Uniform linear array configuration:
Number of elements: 16
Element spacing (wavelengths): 0.5
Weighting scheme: exponential
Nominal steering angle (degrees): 45
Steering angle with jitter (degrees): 45.327
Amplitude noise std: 0.05
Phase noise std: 0.05

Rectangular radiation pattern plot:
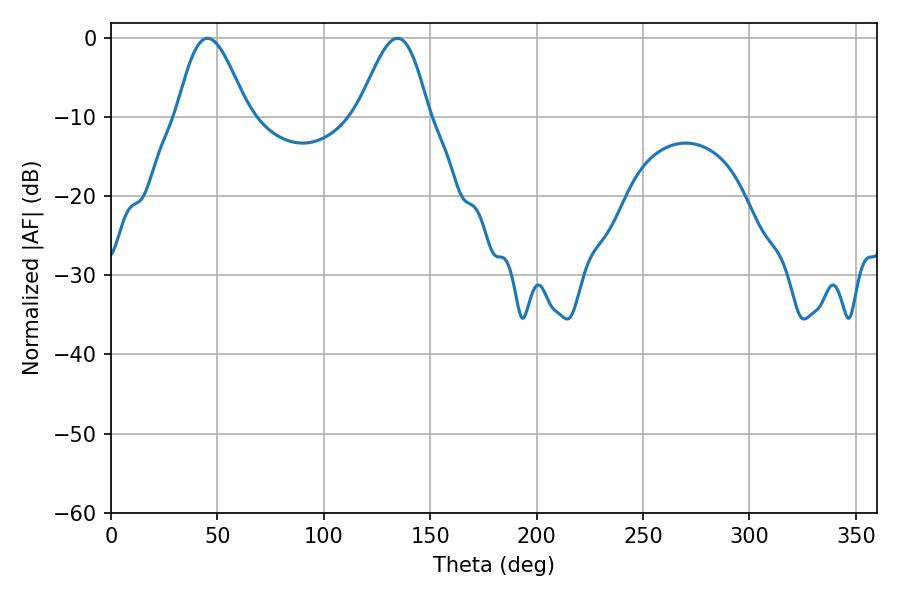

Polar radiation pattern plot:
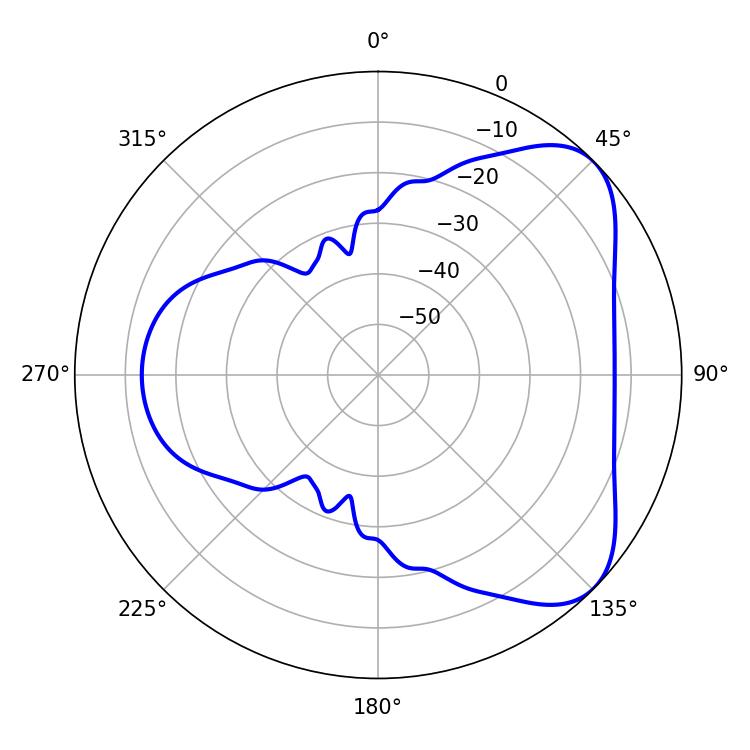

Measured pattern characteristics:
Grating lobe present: FALSE
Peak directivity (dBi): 5.872
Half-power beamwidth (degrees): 17.64
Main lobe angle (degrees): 45.36